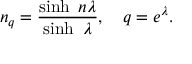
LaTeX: n _ { q } = \frac { \sinh ~ n \lambda } { \sinh ~ \lambda } , ~ ~ ~ q = e ^ { \lambda } .